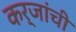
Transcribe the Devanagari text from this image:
कर्जांची